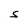
Character: S